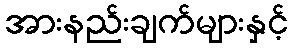
အားနည်းချက်များနှင့်